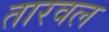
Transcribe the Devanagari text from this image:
तारवल